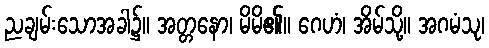
ညချမ်းသောအခါ၌။ အတ္တနော၊ မိမိ၏။ ဂေဟံ၊ အိမ်သို့။ အဂမံသု၊